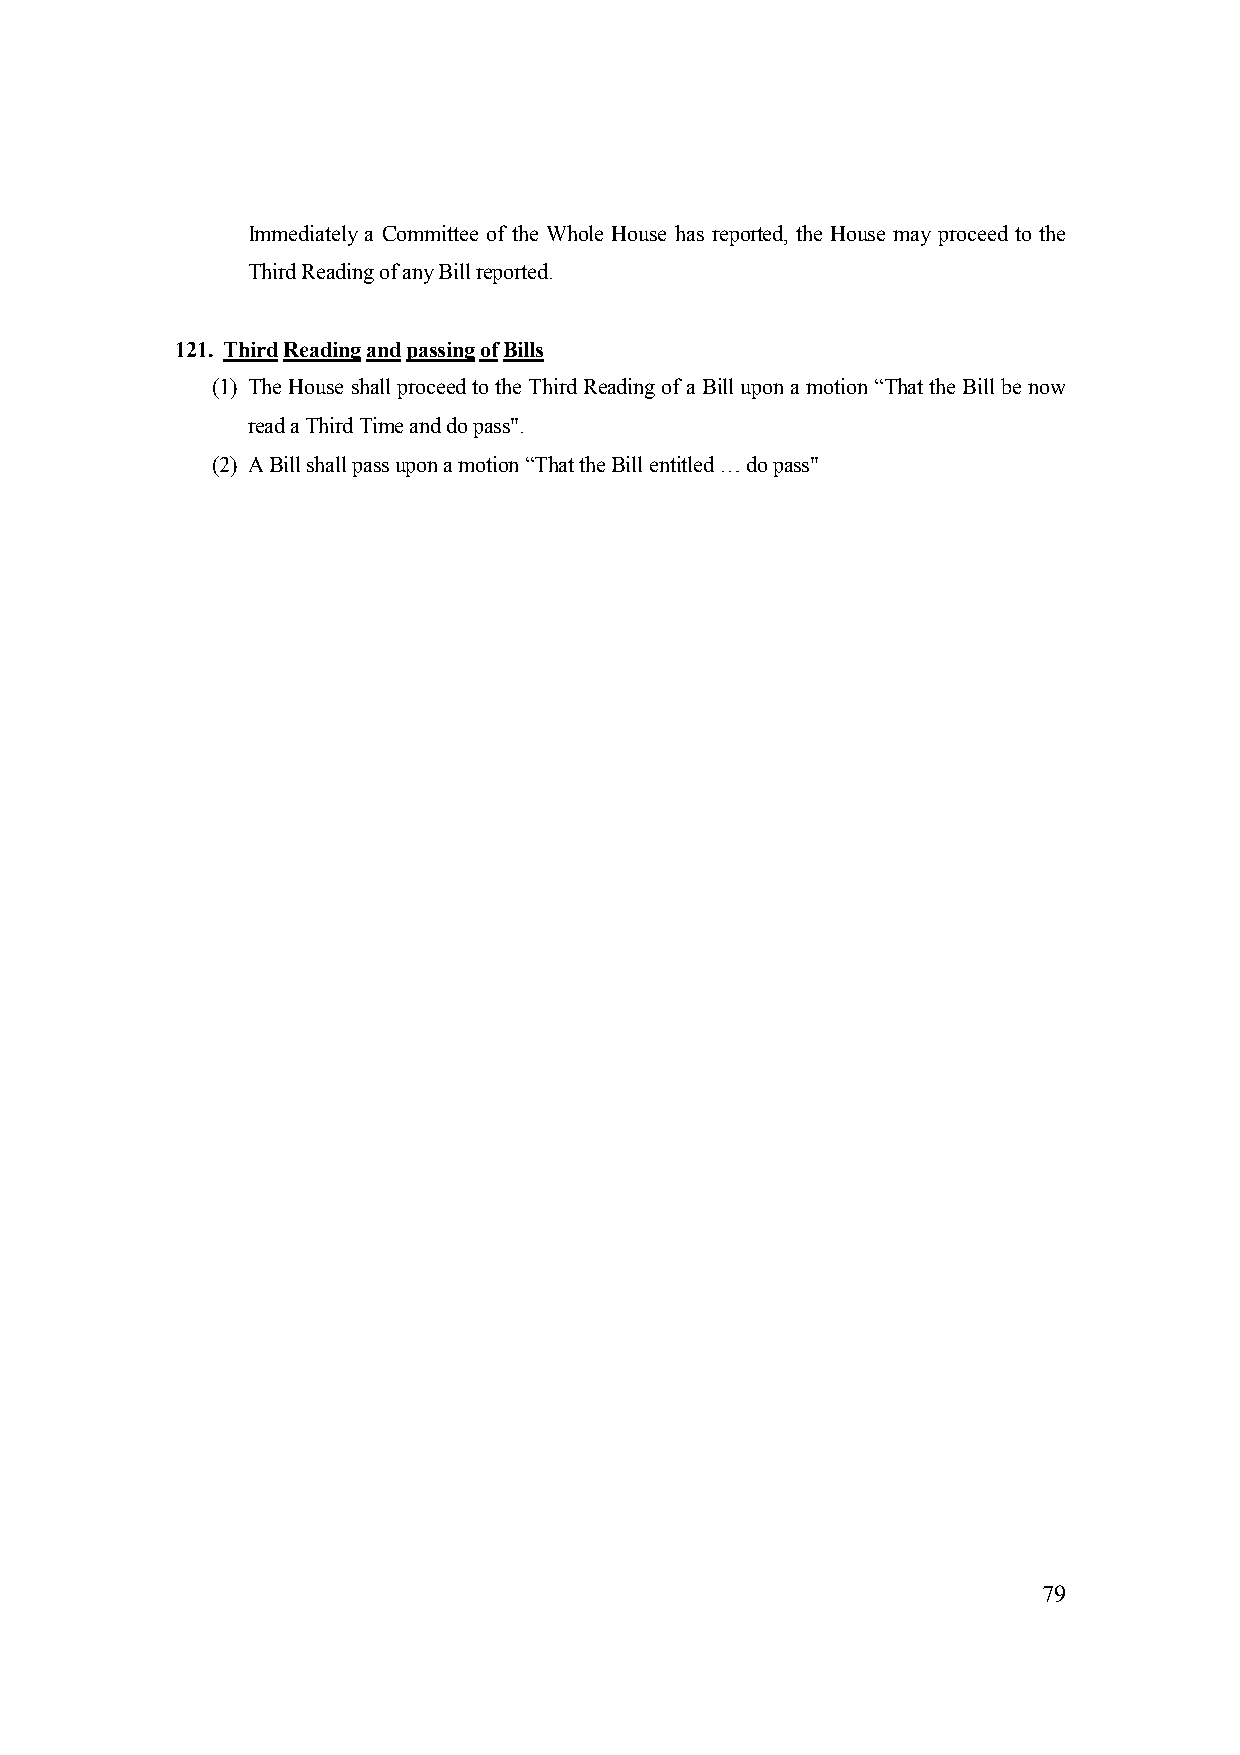
Immediately a Committee of the Whole House has reported, the House may proceed to the
 Third Reading of any Bill reported.
 121. Third Reading and passing of Bills
 (1) The House shall proceed to the Third Reading of a Bill upon a motion “That the Bill be now
 read a Third Time and do pass".
 (2) A Bill shall pass upon a motion “That the Bill entitled … do pass"
 79